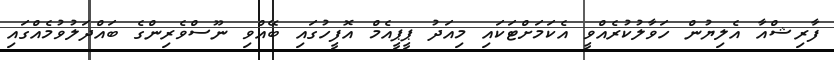
ފާރިޝްއާ އެލިޔުން ހަވާލުކުރެއްވީ އެކަމަށްޓަކައި މިއަދު ޕީޕީއެމް އޮފީހުގައި ބޭއްވި ނޫސްވެރިންގެ ބައްދަލުވުމެއްގައި